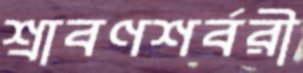
শ্রাবণশর্বরী